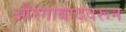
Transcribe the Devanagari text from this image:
औरंगाबादवरून